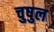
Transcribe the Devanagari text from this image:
चुषुल